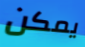
يمكن